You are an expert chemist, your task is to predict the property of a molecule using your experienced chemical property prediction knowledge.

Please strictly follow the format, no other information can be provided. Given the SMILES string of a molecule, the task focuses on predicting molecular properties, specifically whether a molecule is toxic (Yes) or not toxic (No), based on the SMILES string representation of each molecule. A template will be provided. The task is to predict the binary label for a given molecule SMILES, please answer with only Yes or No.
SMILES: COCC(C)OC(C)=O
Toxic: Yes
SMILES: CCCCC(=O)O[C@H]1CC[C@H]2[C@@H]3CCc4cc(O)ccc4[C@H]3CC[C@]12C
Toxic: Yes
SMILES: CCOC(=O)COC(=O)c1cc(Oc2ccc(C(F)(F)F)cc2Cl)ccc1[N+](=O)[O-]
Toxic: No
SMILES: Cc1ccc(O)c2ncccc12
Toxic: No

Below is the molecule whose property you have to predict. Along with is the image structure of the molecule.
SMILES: C[C@H](N)C(=O)N[C@@H](C)C(=O)N[C@@]1(C)[C@@H]2CN(c3nc4c(cc3F)c(=O)c(C(=O)O)cn4-c3ccc(F)cc3F)C[C@@H]21
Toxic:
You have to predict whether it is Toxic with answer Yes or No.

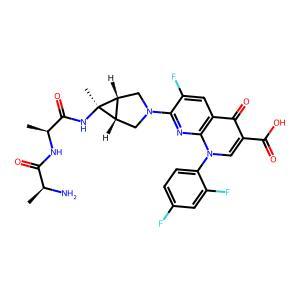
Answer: No